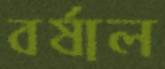
বর্ষাল